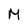
Character: M